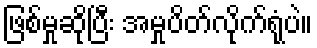
ဖြစ်မှုဆိုပြီး အမှုပိတ်လိုက်ရုံပဲ။